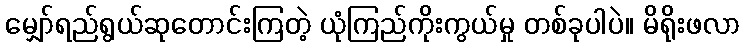
မျှော်ရည်ရွယ်ဆုတောင်းကြတဲ့ ယုံကြည်ကိုးကွယ်မှု တစ်ခုပါပဲ။ မိရိုးဖလာ